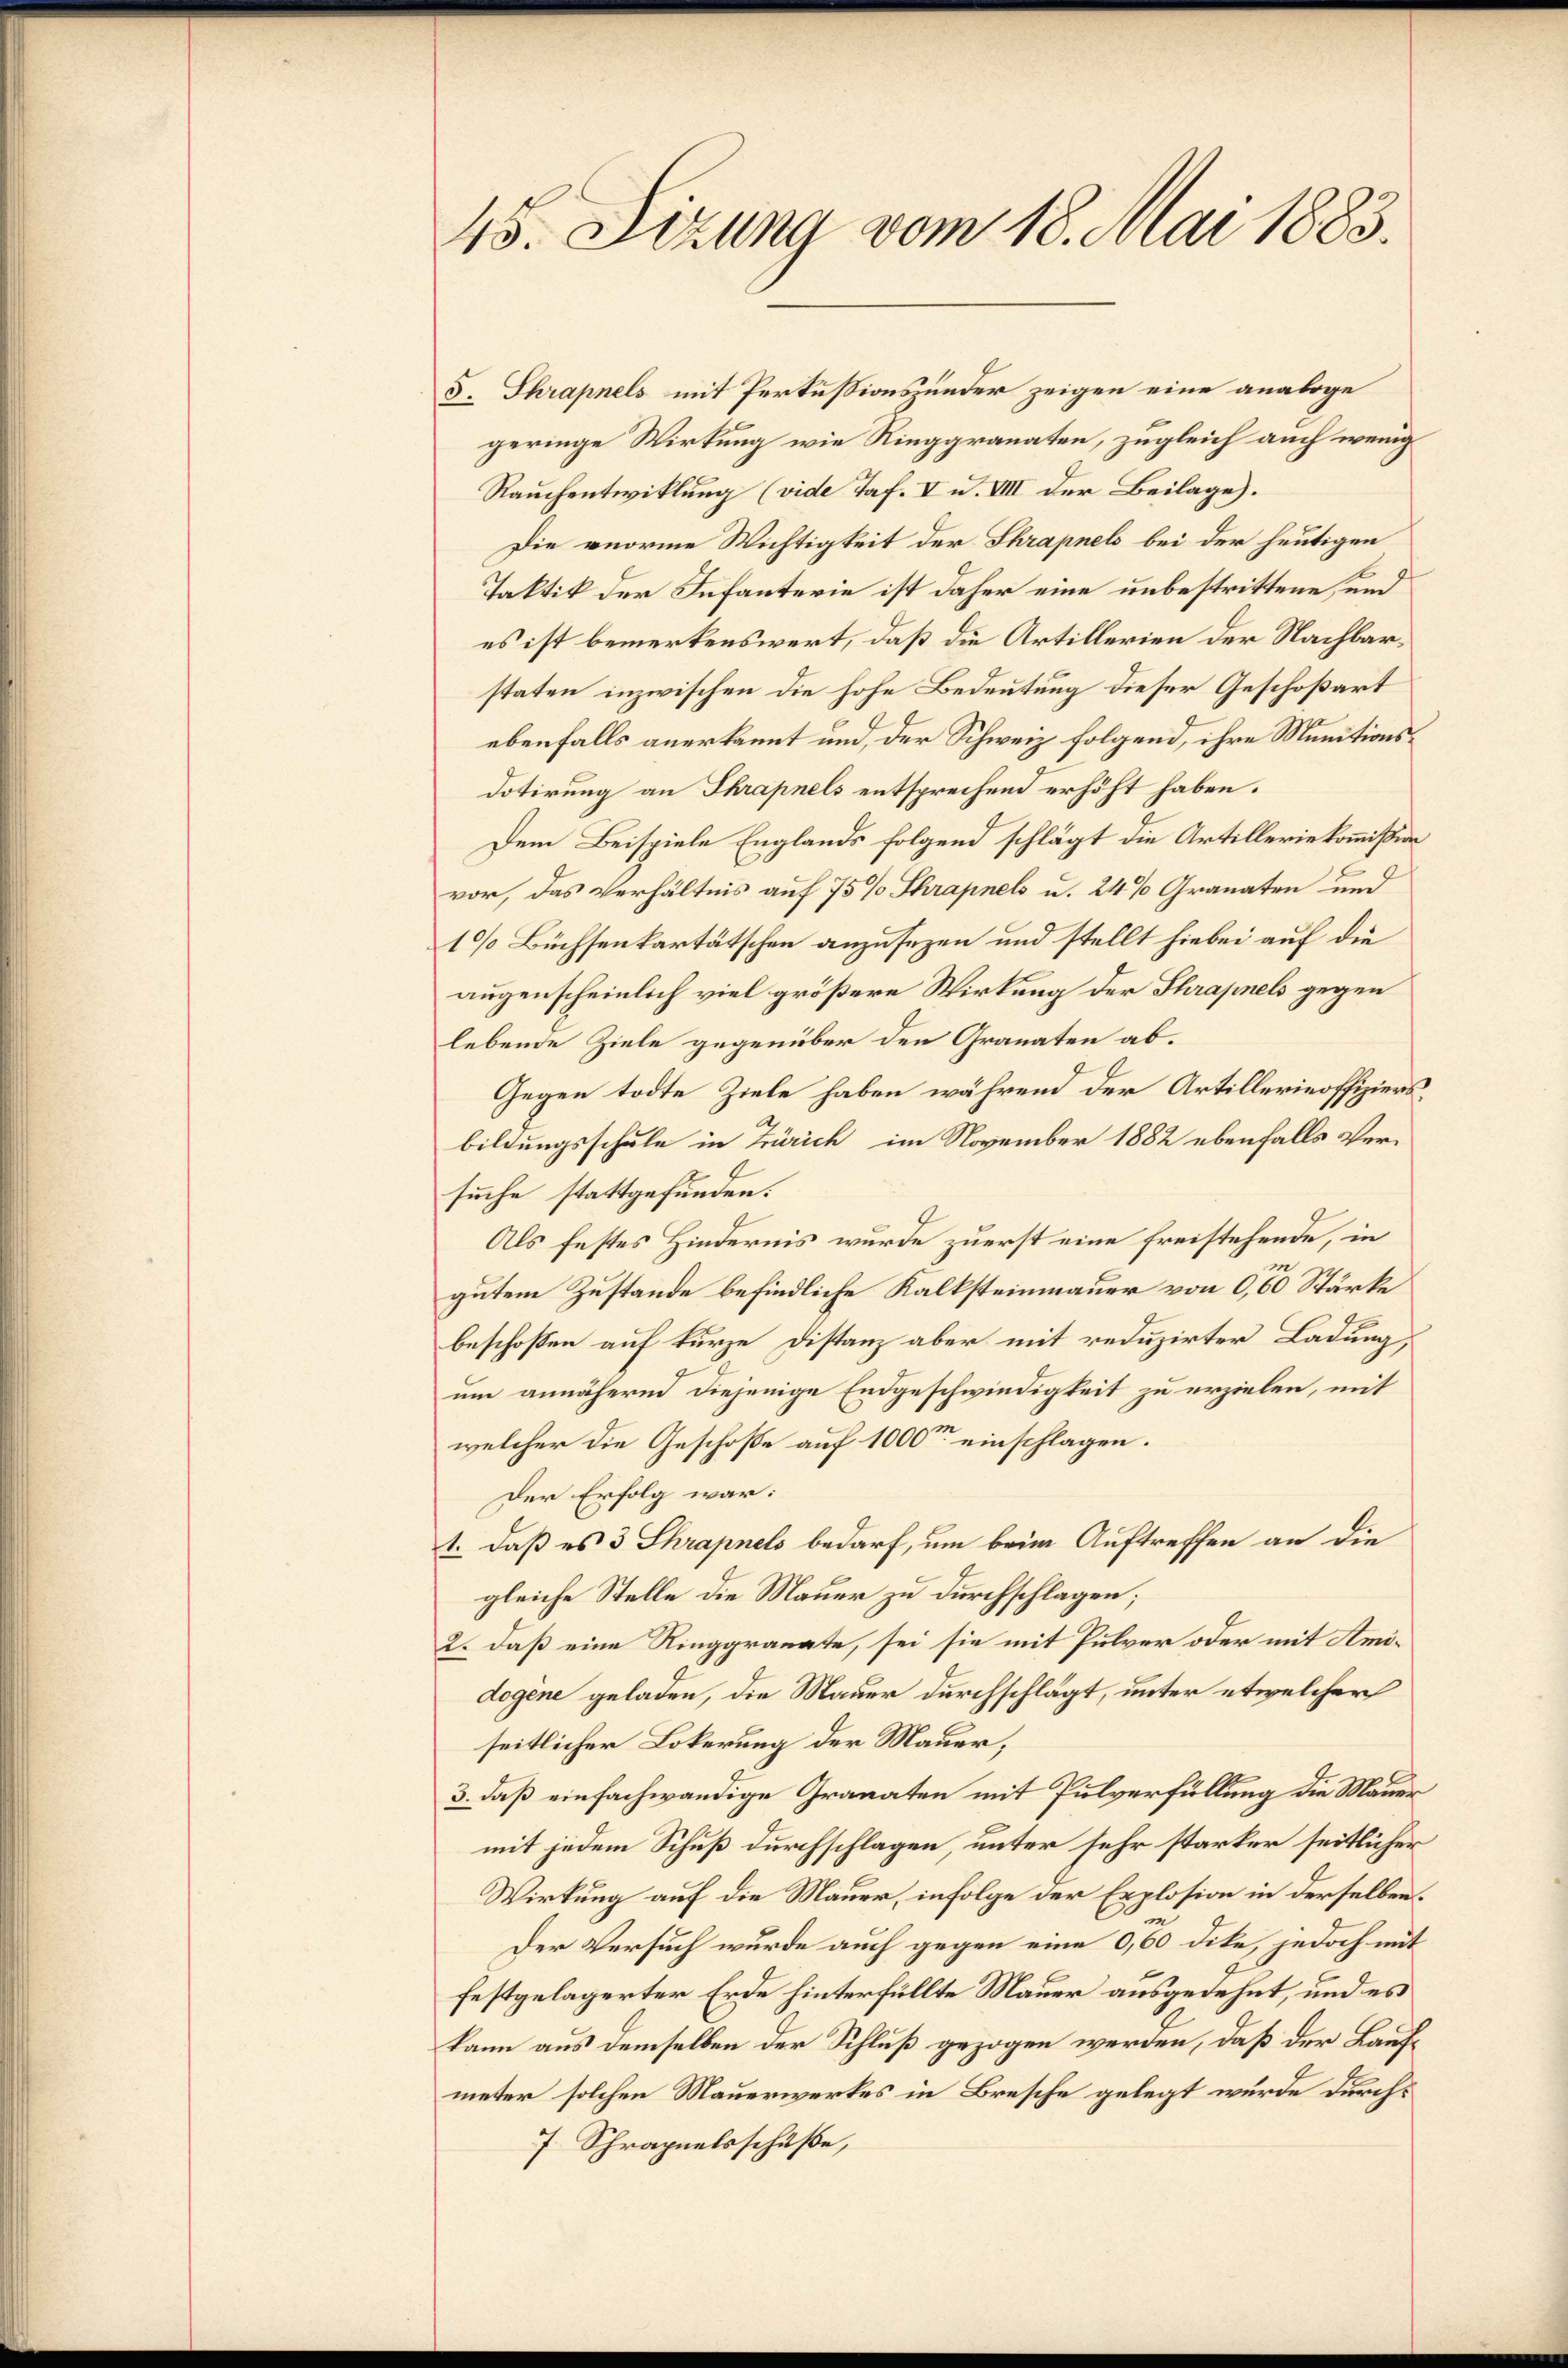
45. Sizung vom 18. Mai 1883.

5. Shrapnels mit Perkußionshunder zeigen eine analoge
geringe Wirkung wie Ringgranaten, zugleich auch wenig
Rauchentwicklung (vide Taf. V u. VIII der Beilage).
Die anorme Wichtigkeit der Shrapnels bei der heutigen
Taktik der Infanterie ist daher eine unbestrittene, und
es ist bemerkenswert, daß die Artillerien der Nachbarstaten inzwischen die hohe Bedeutung dieser Geschoßart
ebenfalls anerkannt und, der Schweiz folgend, ihre Munitions¬
Dotirung an Shrapnels entsprechend erhöht haben.
Dem Beispiele Englands folgend schlägt die Artilleriekommißion
vor, das Verhältnis auf 75% Shrapnels u. 24 % Granaten und
10 Büchsenkartätschen anzusezen und stellt hiebei auf die
augenscheinlich viel größere Wirkung der Schrapnels gegen
lebende Ziele gegenüber den Granaten ab¬
Gegen todte Ziele haben während der Artillerinoffiziersbildungsschule in Zürich, im November 1882 ebenfalls Versuche stattgefunden.
Als festes Hindernis wurde zuerst eine freistehende, in
gutem Zustande befindliche Kalksteinmauer von 0,60 Stärke
beschoßen auf kurze Distanz aber mit reduzirter Ladung,
um annähernd diejenige Endgeschwindigkeit zu erzielen, mit
welcher die Geschoße auf 1000 einschlagen.
Der Erfolg war:
1. daß es 3 Shrapnels bedarf, um beim Auftreffen an die
gleiche Stelle die Mauer zu durchschlagen;
2. daß eine Ringgranate, sei sie mit Pulver oder mit Amidogene geladen, die Mauer durchschlägt, unter etwelcher
seitlicher Lokerung der Mauer,
3. daß einfachwändige Granaten mit Pulverfüllung die Mauer
mit jedem Schuß durchschlagen, unter sehr starker seitlicher
Wirkung auf die Mauer, infolge der Erplosion in derselben.
m
Der Versuch wurde auch gegen eine 0,60 dite, jedoch mit
festgelagerter Erde hinterfüllte Mauer ausgedehnt, und es
kann aus demselben der Schluß gezogen werden, daß der Laufmeter solchen Mauerwerkes in Bresche gelegt wurde durch¬
7 Schrapnelsschüße,